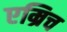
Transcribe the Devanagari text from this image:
एम्रिच